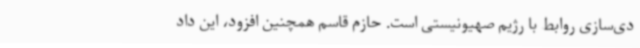
دی‌سازی روابط با رژیم صهیونیستی است. حازم قاسم همچنین افزود، این داد